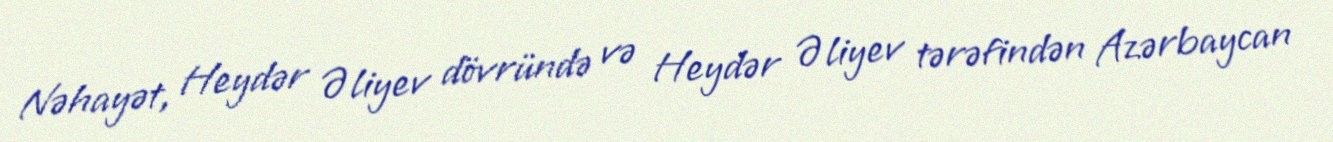
Nəhayət, Heydər Əliyev dövründə və Heydər Əliyev tərəfindən Azərbaycan